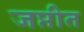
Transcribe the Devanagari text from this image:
जप्तीत